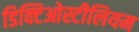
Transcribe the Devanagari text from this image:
डिक्टिओस्टीलियम